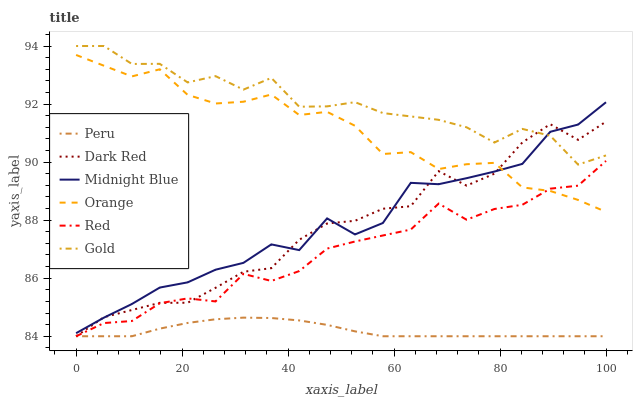
| xaxis_label | Peru | Dark Red | Midnight Blue | Orange | Red | Gold |
 | --- | --- | --- | --- | --- | --- | --- |
 | 0 | 84 | 84 | 84.1 | 93.7 | 84 | 94 |
 | 5.26 | 84 | 84.7 | 84.6 | 93.3 | 84.5 | 94 |
 | 10.5 | 84 | 84.9 | 85.1 | 93 | 84.5 | 93.4 |
 | 15.8 | 84.3 | 85.2 | 85.7 | 93.2 | 85.1 | 93.4 |
 | 21.1 | 84.5 | 85.2 | 85.9 | 92.3 | 85.3 | 92.7 |
 | 26.3 | 84.6 | 85.7 | 86.3 | 92 | 85.2 | 93 |
 | 31.6 | 84.6 | 86.2 | 86.5 | 92.1 | 86.1 | 92.5 |
 | 36.8 | 84.6 | 86.3 | 87.2 | 92.3 | 85.9 | 92.9 |
 | 42.1 | 84.5 | 87.3 | 87 | 91.6 | 86.2 | 91.9 |
 | 47.4 | 84.4 | 87.9 | 88.1 | 91.7 | 87 | 91.9 |
 | 52.6 | 84.2 | 88 | 87.5 | 91.3 | 87.3 | 92.1 |
 | 57.9 | 84 | 88.4 | 87.9 | 90.3 | 87.5 | 91.7 |
 | 63.2 | 84 | 88.5 | 89.3 | 90.3 | 87.7 | 91.6 |
 | 68.4 | 84 | 89.7 | 89.2 | 89.8 | 88.6 | 91.5 |
 | 73.7 | 84 | 89.2 | 89.4 | 89.9 | 88 | 91.2 |
 | 78.9 | 84 | 89.6 | 89.7 | 90 | 88.4 | 90.7 |
 | 84.2 | 84 | 90.7 | 89.9 | 89.1 | 88.5 | 91.1 |
 | 89.5 | 84 | 91.3 | 91 | 89 | 89.1 | 90.9 |
 | 94.7 | 84 | 90.8 | 91.3 | 88.7 | 89.2 | 89.9 |
 | 100 | 84 | 91.4 | 92.1 | 88.3 | 90 | 90.2 |